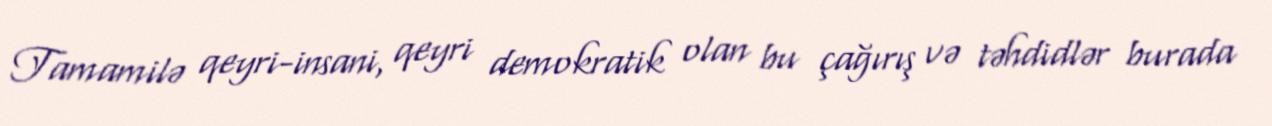
Tamamilə qeyri-insani, qeyri demokratik olan bu çağırış və təhdidlər burada